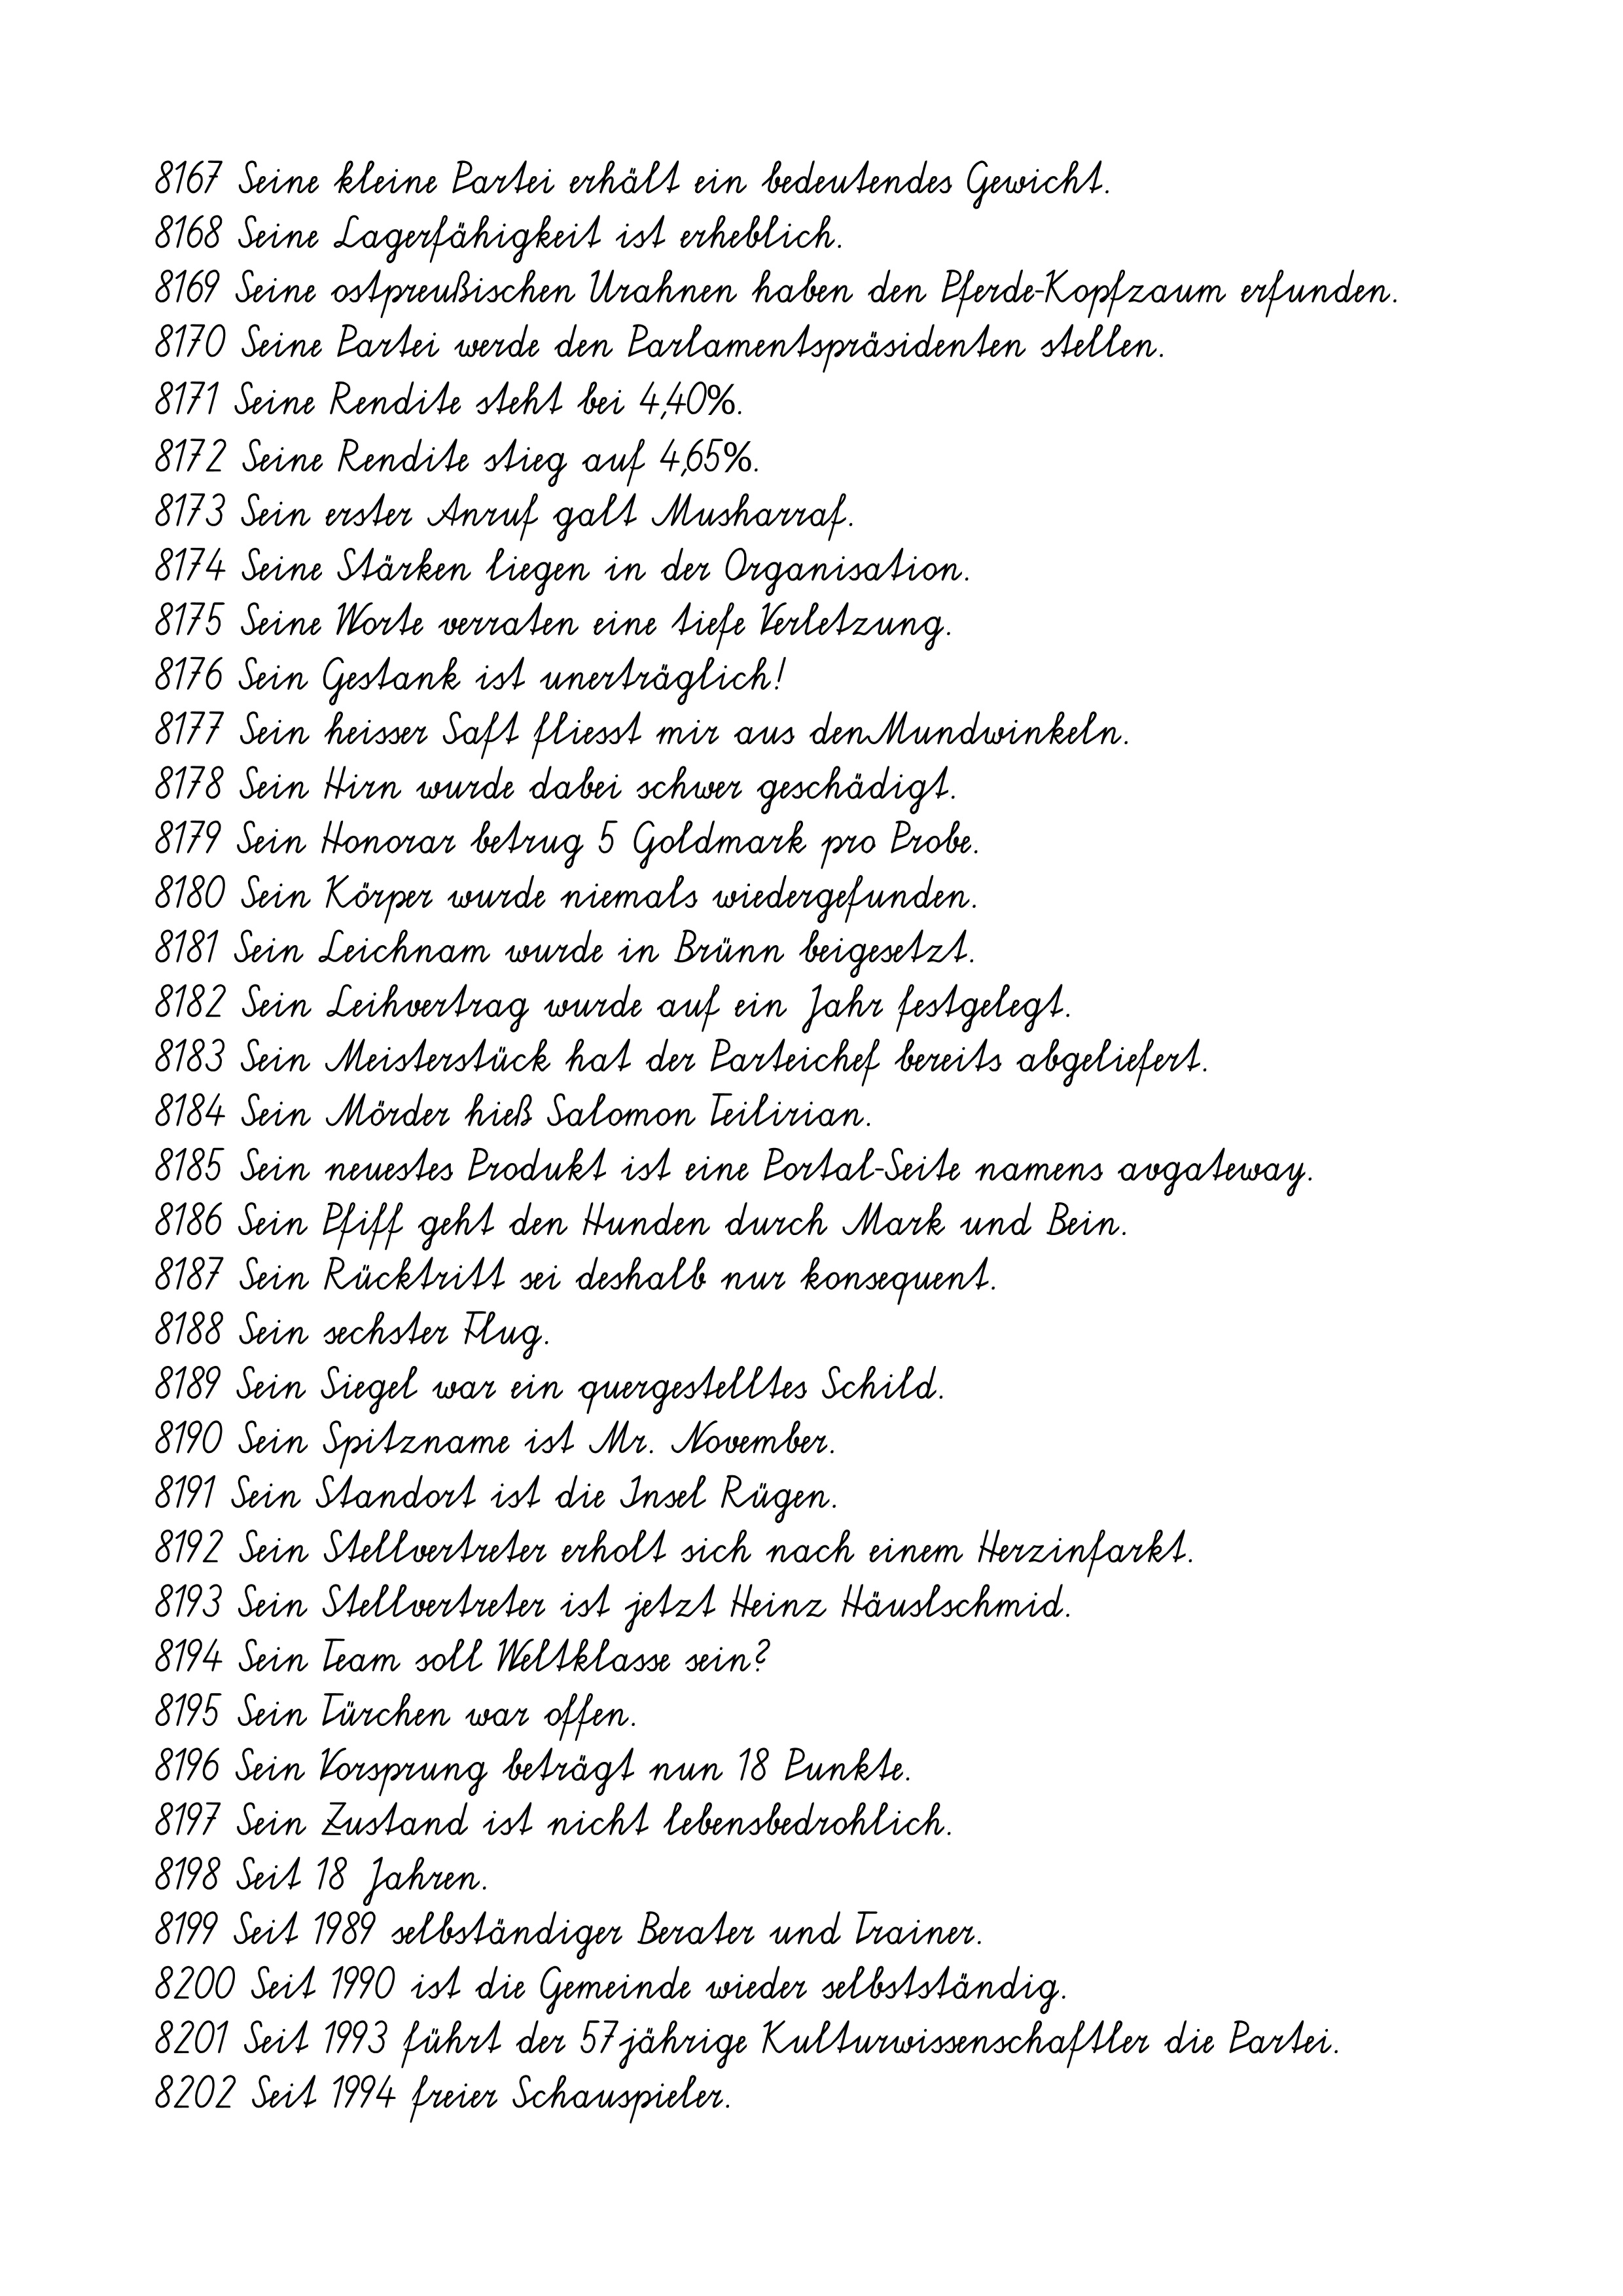
8167 Seine kleine Partei erhält ein bedeutendes Gewicht.
8168 Seine Lagerfähigkeit ist erheblich.
8169 Seine ostpreußischen Urahnen haben den Pferde-Kopfzaum erfunden.
8170 Seine Partei werde den Parlamentspräsidenten stellen.
8171 Seine Rendite steht bei 4,40%.
8172 Seine Rendite stieg auf 4,65%.
8173 Sein erster Anruf galt Musharraf.
8174 Seine Stärken liegen in der Organisation.
8175 Seine Worte verraten eine tiefe Verletzung.
8176 Sein Gestank ist unerträglich!
8177 Sein heisser Saft fliesst mir aus denMundwinkeln.
8178 Sein Hirn wurde dabei schwer geschädigt.
8179 Sein Honorar betrug 5 Goldmark pro Probe.
8180 Sein Körper wurde niemals wiedergefunden.
8181 Sein Leichnam wurde in Brünn beigesetzt.
8182 Sein Leihvertrag wurde auf ein Jahr festgelegt.
8183 Sein Meisterstück hat der Parteichef bereits abgeliefert.
8184 Sein Mörder hieß Salomon Teilirian.
8185 Sein neuestes Produkt ist eine Portal-Seite namens avgateway.
8186 Sein Pfiff geht den Hunden durch Mark und Bein.
8187 Sein Rücktritt sei deshalb nur konsequent.
8188 Sein sechster Flug.
8189 Sein Siegel war ein quergestelltes Schild.
8190 Sein Spitzname ist Mr. November.
8191 Sein Standort ist die Insel Rügen.
8192 Sein Stellvertreter erholt sich nach einem Herzinfarkt.
8193 Sein Stellvertreter ist jetzt Heinz Häuslschmid.
8194 Sein Team soll Weltklasse sein?
8195 Sein Türchen war offen.
8196 Sein Vorsprung beträgt nun 18 Punkte.
8197 Sein Zustand ist nicht lebensbedrohlich.
8198 Seit 18 Jahren.
8199 Seit 1989 selbständiger Berater und Trainer.
8200 Seit 1990 ist die Gemeinde wieder selbstständig.
8201 Seit 1993 führt der 57jährige Kulturwissenschaftler die Partei.
8202 Seit 1994 freier Schauspieler.